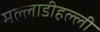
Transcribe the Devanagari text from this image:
मल्लाडीहल्ली